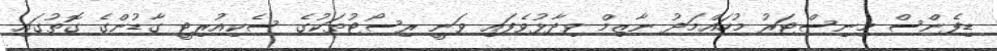
ޑިފެންސް މިނިސްޓަރު މުހައްމަދު ނާޒިމް ވިދާޅުވެފައި ވަނީ ރިސޯޓުތަކުގެ ސެކިއުރިޓީ ގާޑުންގެ ގޮތުގައި